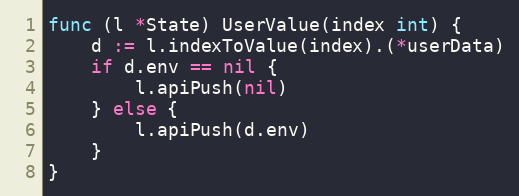
Language: Go
func (l *State) UserValue(index int) {
	d := l.indexToValue(index).(*userData)
	if d.env == nil {
		l.apiPush(nil)
	} else {
		l.apiPush(d.env)
	}
}